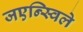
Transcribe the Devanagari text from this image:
जएन्स्विले